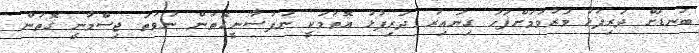
ބަނޑަށް ދަރިފުޅު މަރުވުމަށްފަހު ގިނައިރު ދަރިފުޅު އޮތުމަކީ ނަފުސާނީގޮތުން ނުވަތަ ޖިސްމާނީ ގޮތުން